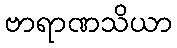
ဗာရာဏသိယာ